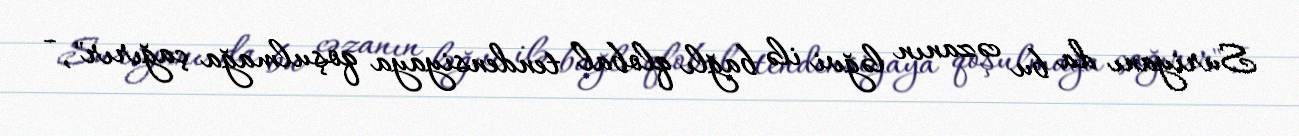
Suriyanı da bu cəzanın ləğvi ilə bağlı qlobal tendensiyaya qoşulmağa çağırır", -